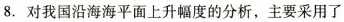
8. 对我国沿海海平面上升幅度的分析，主要采用了